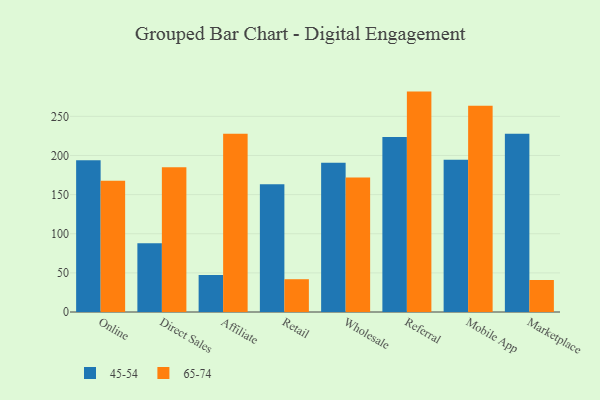
{"axis": {"x": "Channel", "y": "Page Views"}, "legend": ["45-54", "65-74"], "data": [{"x": "Online", "y": 194.0, "type": "45-54"}, {"x": "Online", "y": 167.6, "type": "65-74"}, {"x": "Direct Sales", "y": 87.8, "type": "45-54"}, {"x": "Direct Sales", "y": 184.9, "type": "65-74"}, {"x": "Affiliate", "y": 47.4, "type": "45-54"}, {"x": "Affiliate", "y": 227.9, "type": "65-74"}, {"x": "Retail", "y": 163.2, "type": "45-54"}, {"x": "Retail", "y": 41.9, "type": "65-74"}, {"x": "Wholesale", "y": 190.6, "type": "45-54"}, {"x": "Wholesale", "y": 171.8, "type": "65-74"}, {"x": "Referral", "y": 223.6, "type": "45-54"}, {"x": "Referral", "y": 281.6, "type": "65-74"}, {"x": "Mobile App", "y": 194.5, "type": "45-54"}, {"x": "Mobile App", "y": 263.6, "type": "65-74"}, {"x": "Marketplace", "y": 227.7, "type": "45-54"}, {"x": "Marketplace", "y": 40.9, "type": "65-74"}]}